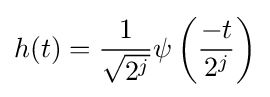
h(t)={\frac {1}{\sqrt {2^{j}}}}\psi \left({\frac {-t}{2^{j}}}\right)